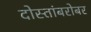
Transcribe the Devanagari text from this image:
दोस्तांबरोबर